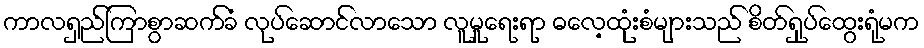
ကာလရှည်ကြာစွာဆက်ခံ လုပ်ဆောင်လာသော လူမှုရေးရာ ဓလေ့ထုံးစံများသည် စိတ်ရှုပ်ထွေးရုံမက